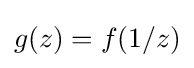
g(z)=f(1/z)